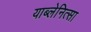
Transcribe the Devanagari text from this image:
याब्लेनित्सा